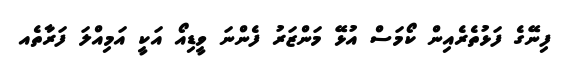
ފިނޭގެ ފަޅުތެރެއިން ކޯމަސް އުޅޭ މަންޒަރު ފެންނަ ވީޑިއޯ އަކީ އަމިއްލަ ފަރާތެއ